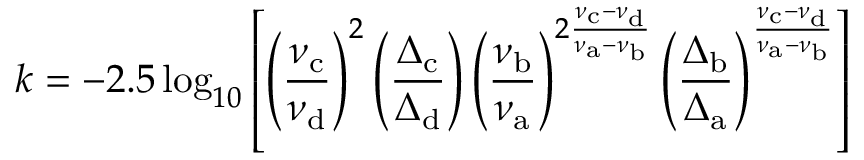
k = - 2 . 5 \log _ { 1 0 } \left[ \left( { \frac { \nu _ { \mathrm { c } } } { \nu _ { \mathrm { d } } } } \right) ^ { 2 } \left( { \frac { \Delta _ { \mathrm { c } } } { \Delta _ { \mathrm { d } } } } \right) \left( { \frac { \nu _ { \mathrm { b } } } { \nu _ { \mathrm { a } } } } \right) ^ { 2 { \frac { \nu _ { \mathrm { c } } - \nu _ { \mathrm { d } } } { \nu _ { \mathrm { a } } - \nu _ { \mathrm { b } } } } } \left( { \frac { \Delta _ { \mathrm { b } } } { \Delta _ { \mathrm { a } } } } \right) ^ { \frac { \nu _ { \mathrm { c } } - \nu _ { \mathrm { d } } } { \nu _ { \mathrm { a } } - \nu _ { \mathrm { b } } } } \right]